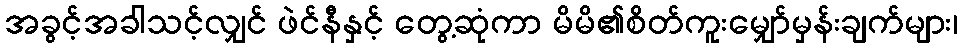
အခွင့်အခါသင့်လျှင် ဖဲင်နီနှင့် တွေ့ဆုံကာ မိမိ၏စိတ်ကူးမျှော်မှန်းချက်များ၊